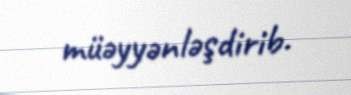
müəyyənləşdirib.